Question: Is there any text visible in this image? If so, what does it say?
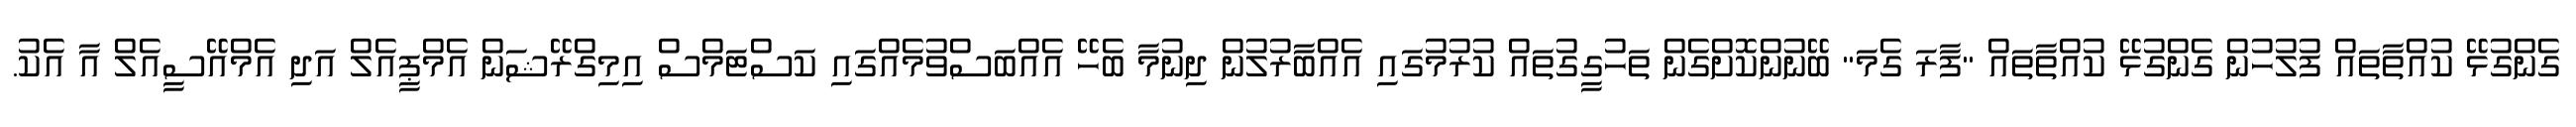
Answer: ގެންގުޅޭ ކުއްތާތައް ފުލުހުން ގެންގުޅޭ ކުއްތާތައް "ފާރަ ގެމަ" ބޭނުންކޮށްގެން ތަހުގީގުތައް ކުރުމުގައި އެއްބާރުލުން ދިނުމާ ބެހޭ އެއްބަސްވުމެއްގައި ކަސްޓަމްސް އިމިގްރޭޝަން އެމްޕީއެލް އަދި އެމްއޭސީއެލް އާ އެކު.